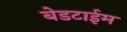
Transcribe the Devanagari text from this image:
बेडटाईम